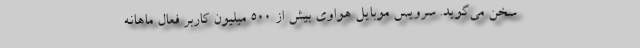
سخن می‌گوید. سرویس موبایل هواوی بیش از ۵۰۰ میلیون کاربر فعال ماهانه